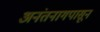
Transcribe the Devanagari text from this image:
अनंतनागपासून